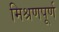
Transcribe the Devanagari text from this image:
मिश्रणपूर्ण